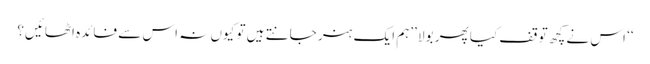
‘‘ اس نے کچھ توقف کیا پھر بولا ’’ہم ایک ہنر جانتے ہیں تو کیوں نہ اس سے فائدہ اٹھائیں؟